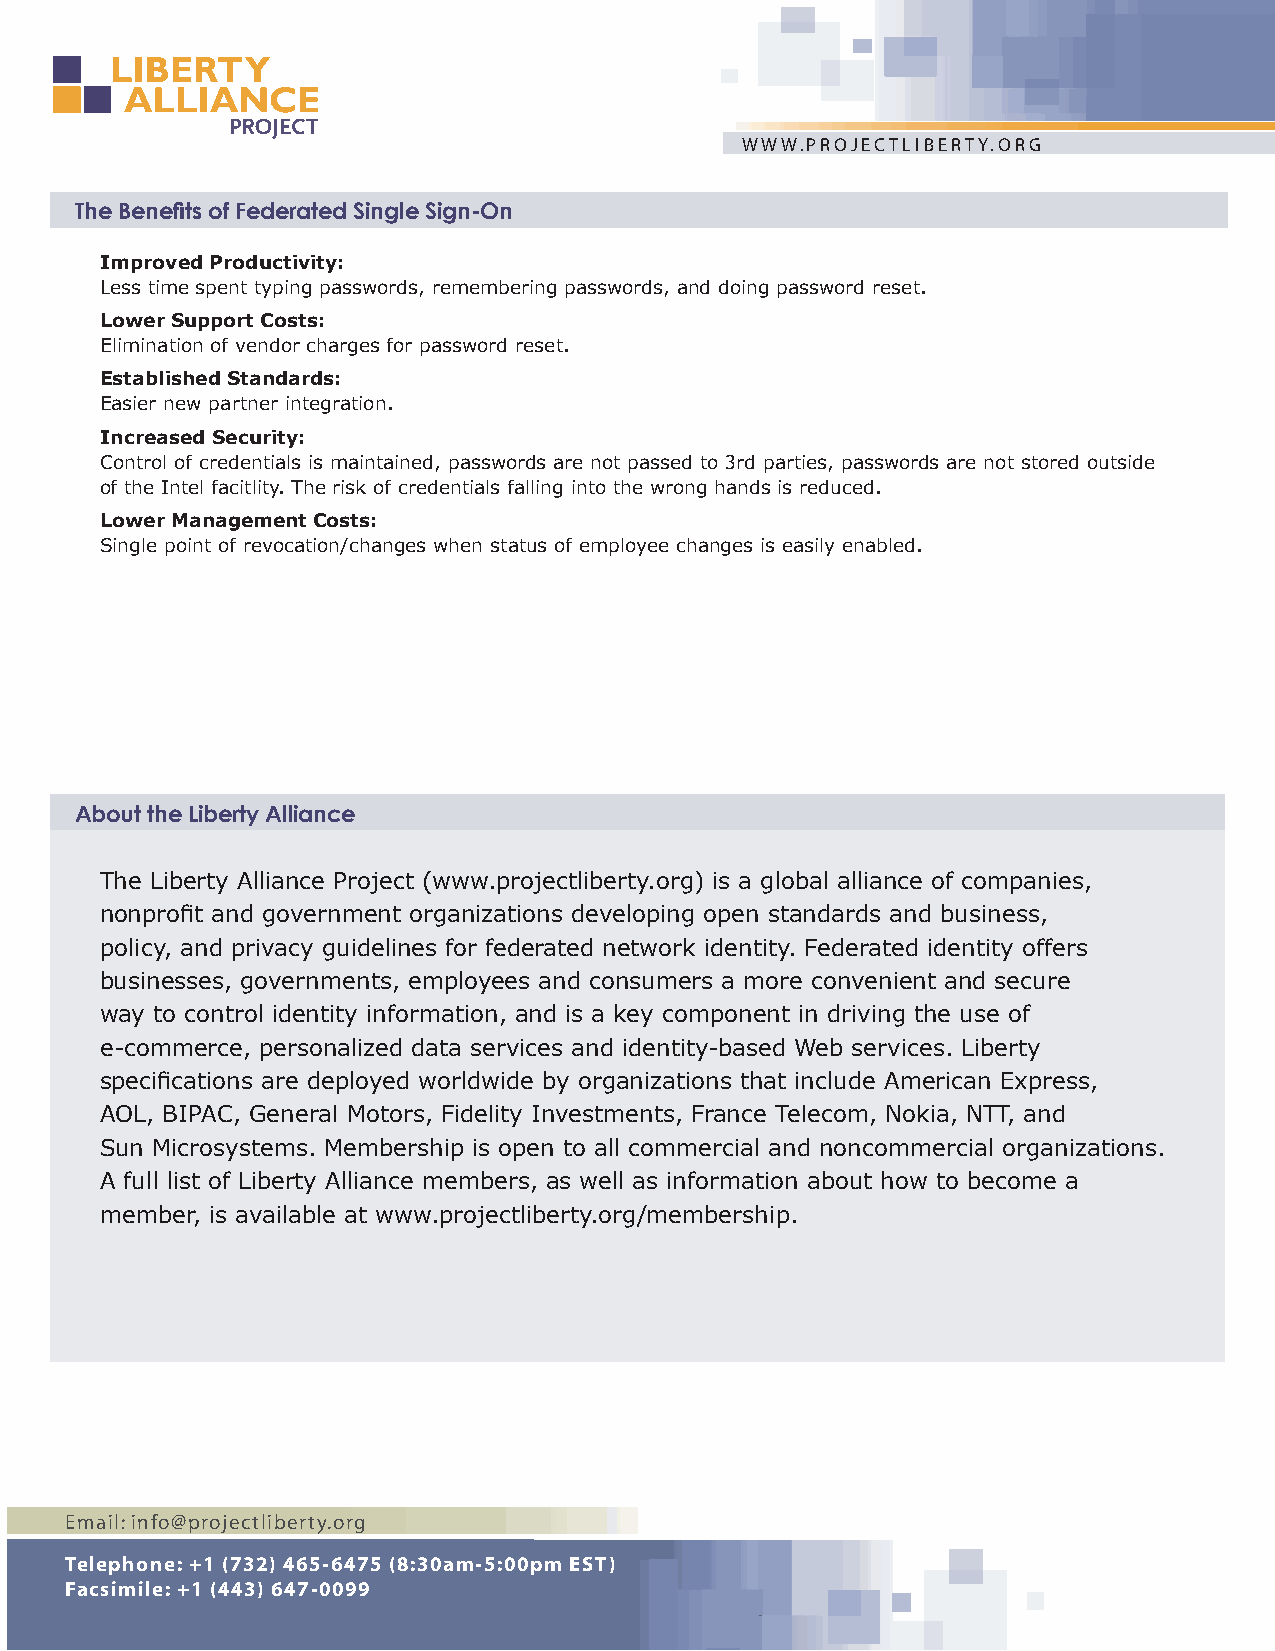
WWW.PROJECTLIBERTY.ORG
 The Benefi ts of Federated Single Sign-On
 Improved Productivity:
 Less time spent typing passwords, remembering passwords, and doing password reset.
 Lower Support Costs:
 Elimination of vendor charges for password reset.
 Established Standards:
 Easier new partner integration.
 Increased Security:
 Control of credentials is maintained, passwords are not passed to 3rd parties, passwords are not stored outside
 of the Intel facitlity. The risk of credentials falling into the wrong hands is reduced.
 Lower Management Costs:
 Single point of revocation/changes when status of employee changes is easily enabled.
 About the Liberty Alliance
 The Liberty Alliance Project (www.projectliberty.org) is a global alliance of companies,
 nonprofi t and government organizations developing open standards and business,
 policy, and privacy guidelines for federated network identity. Federated identity offers
 businesses, governments, employees and consumers a more convenient and secure
 way to control identity information, and is a key component in driving the use of
 e-commerce, personalized data services and identity-based Web services. Liberty
 specifi cations are deployed worldwide by organizations that include American Express,
 AOL, BIPAC, General Motors, Fidelity Investments, France Telecom, Nokia, NTT, and
 Sun Microsystems. Membership is open to all commercial and noncommercial organizations.
 A full list of Liberty Alliance members, as well as information about how to become a
 member, is available at www.projectliberty.org/membership.
 Email: info@projectliberty.org
 Telephone: +1 (732) 465-6475 (8:30am-5:00pm EST)
 Facsimile: +1 (443) 647-0099